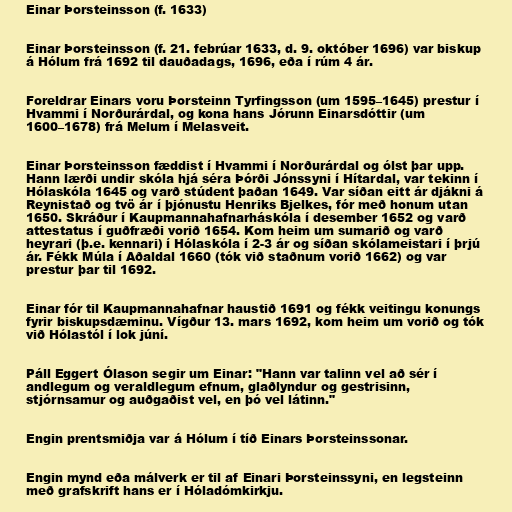
Einar Þorsteinsson (f. 1633)

Einar Þorsteinsson (f. 21. febrúar 1633, d. 9. október 1696) var biskup
á Hólum frá 1692 til dauðadags, 1696, eða í rúm 4 ár.

Foreldrar Einars voru Þorsteinn Tyrfingsson (um 1595–1645) prestur í
Hvammi í Norðurárdal, og kona hans Jórunn Einarsdóttir (um
1600–1678) frá Melum í Melasveit.

Einar Þorsteinsson fæddist í Hvammi í Norðurárdal og ólst þar upp.
Hann lærði undir skóla hjá séra Þórði Jónssyni í Hítardal, var tekinn í
Hólaskóla 1645 og varð stúdent þaðan 1649. Var síðan eitt ár djákni á
Reynistað og tvö ár í þjónustu Henriks Bjelkes, fór með honum utan
1650. Skráður í Kaupmannahafnarháskóla í desember 1652 og varð
attestatus í guðfræði vorið 1654. Kom heim um sumarið og varð
heyrari (þ.e. kennari) í Hólaskóla í 2-3 ár og síðan skólameistari í þrjú
ár. Fékk Múla í Aðaldal 1660 (tók við staðnum vorið 1662) og var
prestur þar til 1692.

Einar fór til Kaupmannahafnar haustið 1691 og fékk veitingu konungs
fyrir biskupsdæminu. Vígður 13. mars 1692, kom heim um vorið og tók
við Hólastól í lok júní.

Páll Eggert Ólason segir um Einar: "Hann var talinn vel að sér í
andlegum og veraldlegum efnum, glaðlyndur og gestrisinn,
stjórnsamur og auðgaðist vel, en þó vel látinn."

Engin prentsmiðja var á Hólum í tíð Einars Þorsteinssonar.

Engin mynd eða málverk er til af Einari Þorsteinssyni, en legsteinn
með grafskrift hans er í Hóladómkirkju.